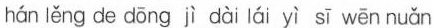
hán lěng de dōng jì dài lái yì sī wēn nuǎn